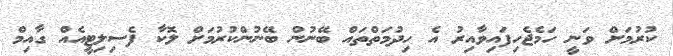
ކުރުމަށް ވަނީ ހަަމެޖެހިފައިވާއިރު އެ ހިދުމަތްތައް ބޭނުން ބޭނުންކުރުމަށް ލޮކާ ފެސިލިޓީއެއް ގާއިމް